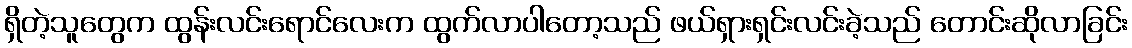
ရှိတဲ့သူတွေက ထွန်းလင်းရောင်လေးက ထွက်လာပါတော့သည် ဖယ်ရှားရှင်းလင်းခဲ့သည် တောင်းဆိုလာခြင်း